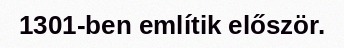
1301-ben említik először.